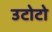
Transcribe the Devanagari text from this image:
उटोटो